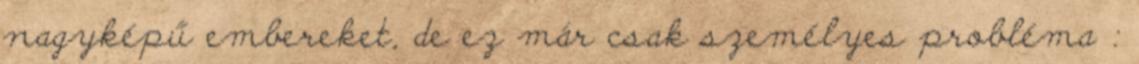
nagyképű embereket, de ez már csak személyes probléma :